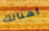
أهنالك